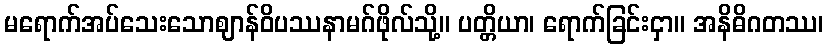
မရောက်အပ်သေးသောဈာန်ဝိပဿနာမဂ်ဖိုလ်သို့။ ပတ္တိယာ၊ ရောက်ခြင်းငှာ။ အနိဓိဂတဿ၊